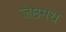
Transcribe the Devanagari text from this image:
जेष्ठमध